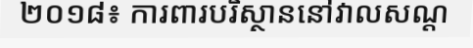
២០១៨៖ ការពារបរិស្ថាននៅវាលសណ្ត